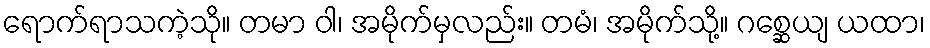
ရောက်ရာသကဲ့သို။ တမာ ဝါ၊ အမိုက်မှလည်း။ တမံ၊ အမိုက်သို့။ ဂစ္ဆေယျ ယထာ၊